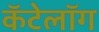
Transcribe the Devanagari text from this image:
कॅटेलॉग